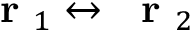
\mathrm { ~ \bf ~ r ~ } _ { 1 } \leftrightarrow \mathrm { ~ \bf ~ r ~ } _ { 2 }